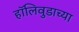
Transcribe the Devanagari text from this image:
हॉलिवुडाच्या